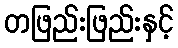
တဖြည်းဖြည်းနှင့်